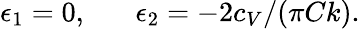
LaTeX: \epsilon_{1}=0,\; \; \; \; \; \; \epsilon_{2}=-2c_{V}/(\pi Ck).